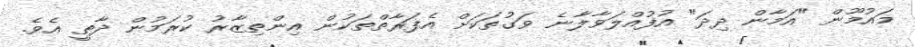
މައުމޫން "އަމާން ދިދަ" އުފުއްލަވާލާނެ ވަގުތަކަށް އެފަރާތްތަކުން އިންތިޒާރު ކުރަމުން ދާތީ އެވެ.